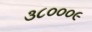
૩૮૦૦૦૯